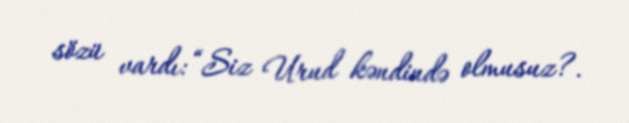
sözü vardı: “Siz Urud kəndində olmusuz?.